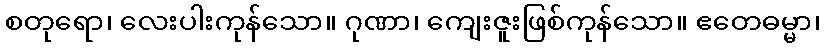
စတုရော၊ လေးပါးကုန်သော။ ဂုဏာ၊ ကျေးဇူးဖြစ်ကုန်သော။ ဧတေဓမ္မာ၊